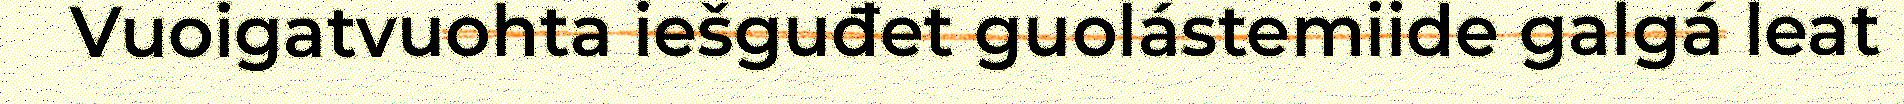
Vuoigatvuohta iešguđet guolástemiide galgá leat